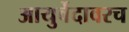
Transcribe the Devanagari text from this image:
आयुर्वेदावरच